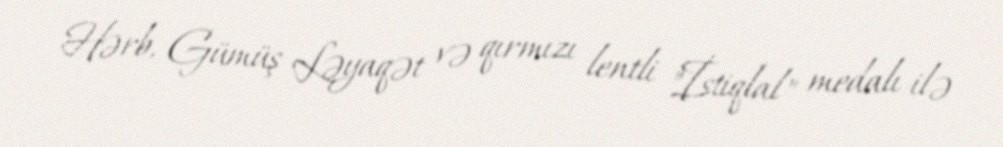
Hərb, Gümüş Ləyaqət və qırmızı lentli "İstiqlal" medalı ilə